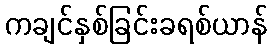
ကချင်နှစ်ခြင်းခရစ်ယာန်